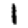
Digit: 1